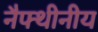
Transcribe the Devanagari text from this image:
नैफ्थीनीय